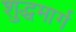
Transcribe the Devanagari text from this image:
शुद्धमार्ग